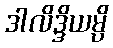
ဒါလိဒ္ဒိယမ္ပိ